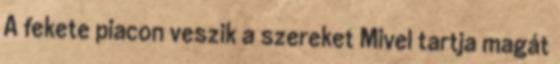
A fekete piacon veszik a szereket Mivel tartja magát